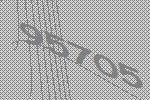
95705